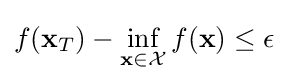
f(\mathbf {x} _{T})-\inf _{\mathbf {x} \in {\mathcal {X}}}f(\mathbf {x} )\leq \epsilon